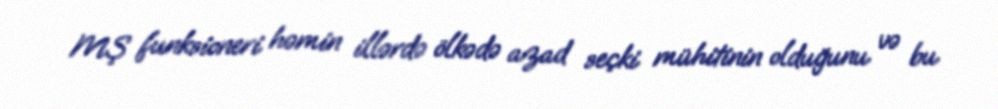
MŞ funksioneri həmin illərdə ölkədə azad seçki mühitinin olduğunu və bu